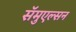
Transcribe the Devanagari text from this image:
सॅमुएल्सन